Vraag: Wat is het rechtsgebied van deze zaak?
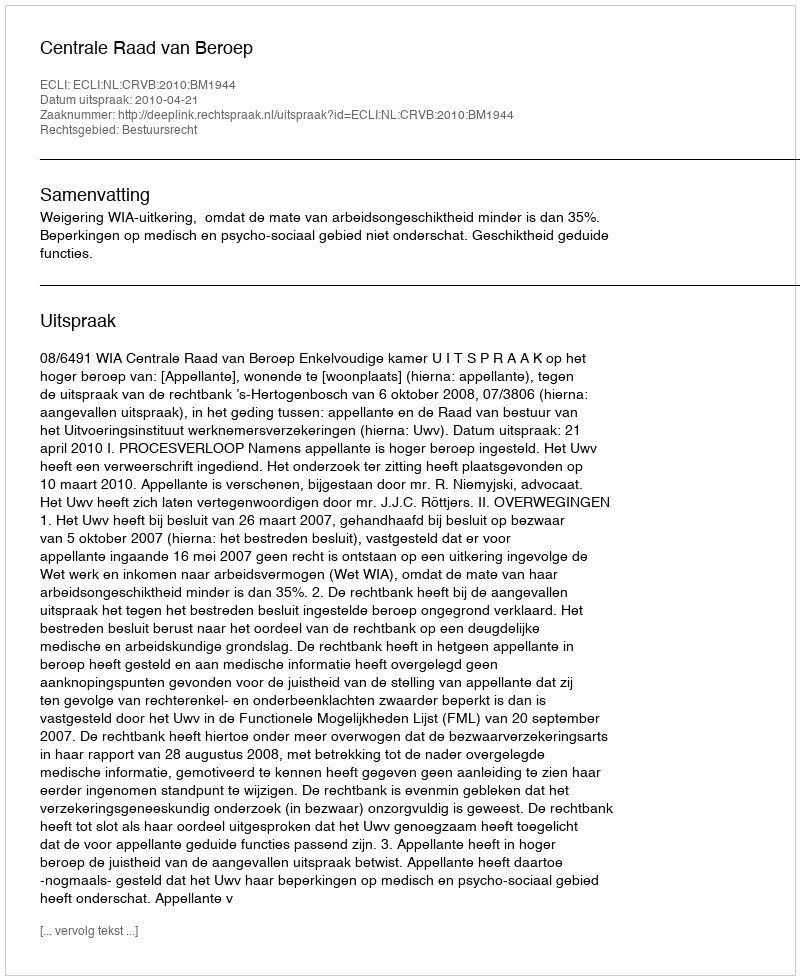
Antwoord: Bestuursrecht